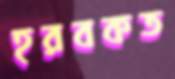
হরবকত